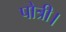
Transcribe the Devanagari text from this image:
पोत्री।